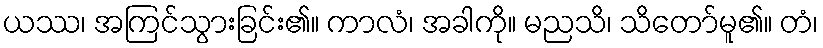
ယဿ၊ အကြင်သွားခြင်း၏။ ကာလံ၊ အခါကို။ မညသိ၊ သိတော်မူ၏။ တံ၊